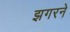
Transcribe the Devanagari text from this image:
झगरने